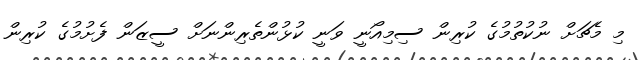
މި މެޗަށް ނުކުތުމުގެ ކުރިން ސިމިއޯނީ ވަނީ ކުޅުންތެރިންނަށް ސީޒަން ފެށުމުގެ ކުރިން